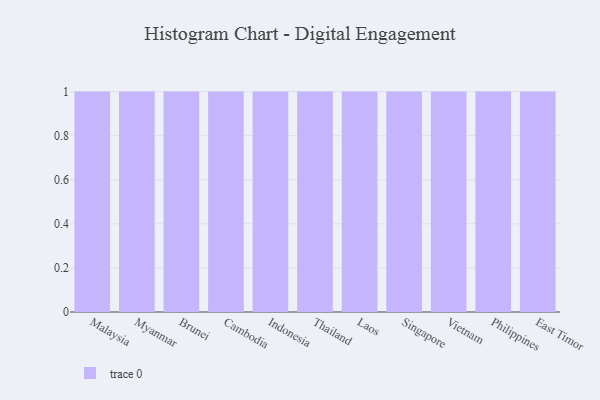
{"axis": {"x": "Country", "y": "LTV (USD)"}, "legend": [""], "data": [{"x": "Malaysia", "y": 97, "type": ""}, {"x": "Myanmar", "y": 29, "type": ""}, {"x": "Brunei", "y": 26, "type": ""}, {"x": "Cambodia", "y": 9, "type": ""}, {"x": "Indonesia", "y": 69, "type": ""}, {"x": "Thailand", "y": 28, "type": ""}, {"x": "Laos", "y": 37, "type": ""}, {"x": "Singapore", "y": 50, "type": ""}, {"x": "Vietnam", "y": 64, "type": ""}, {"x": "Philippines", "y": 6, "type": ""}, {"x": "East Timor", "y": 47, "type": ""}]}